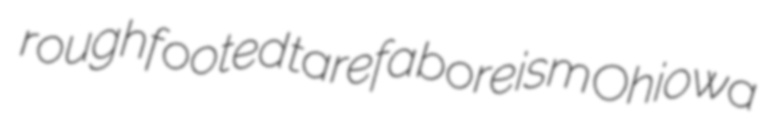
roughfooted tarefa boreism Ohiowa